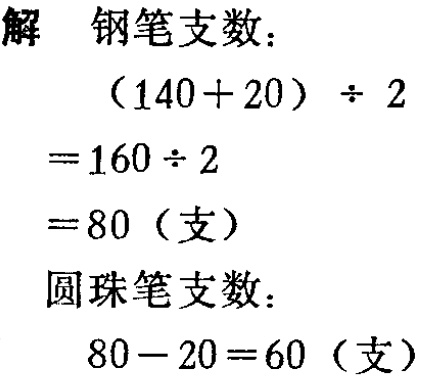
解 钢笔支数：
\[
\begin{align*}
&(140 + 20) \div 2\\
=&160 \div 2\\
=&80 \text{（支）}
\end{align*}
\]
圆珠笔支数：
\[
80 - 20 = 60 \text{（支）}
\]